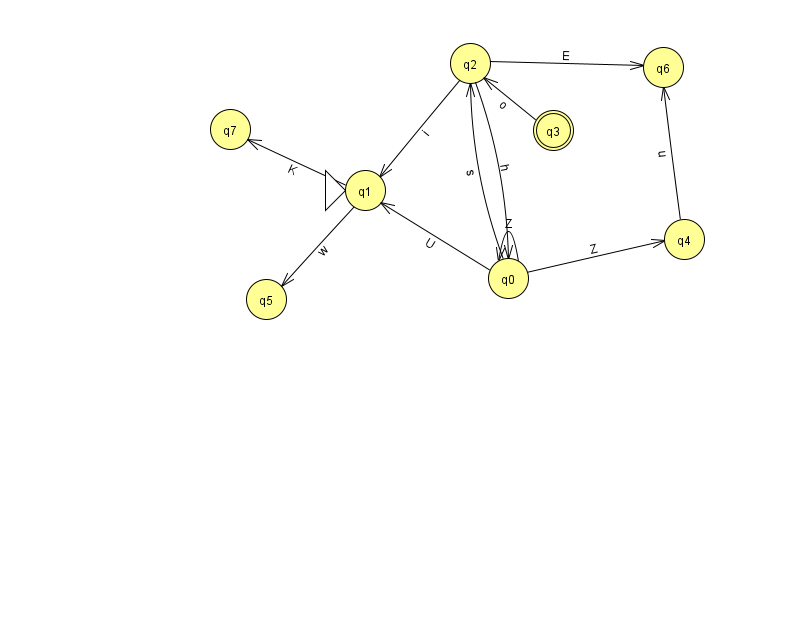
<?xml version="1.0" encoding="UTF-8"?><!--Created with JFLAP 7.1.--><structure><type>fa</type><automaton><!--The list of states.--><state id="0" name="q0"><x>508.0</x><y>265.0</y></state><state id="1" name="q1"><x>365.0</x><y>177.0</y><initial/></state><state id="2" name="q2"><x>470.0</x><y>50.0</y></state><state id="3" name="q3"><x>553.0</x><y>117.0</y><final/></state><state id="4" name="q4"><x>684.0</x><y>226.0</y></state><state id="5" name="q5"><x>266.0</x><y>286.0</y></state><state id="6" name="q6"><x>663.0</x><y>54.0</y></state><state id="7" name="q7"><x>230.0</x><y>116.0</y></state><!--The list of transitions.--><transition><from>2</from><to>0</to><read>h</read></transition><transition><from>2</from><to>6</to><read>E</read></transition><transition><from>0</from><to>1</to><read>U</read></transition><transition><from>3</from><to>2</to><read>o</read></transition><transition><from>2</from><to>1</to><read>i</read></transition><transition><from>1</from><to>5</to><read>w</read></transition><transition><from>0</from><to>0</to><read>Z</read></transition><transition><from>0</from><to>2</to><read>s</read></transition><transition><from>0</from><to>4</to><read>Z</read></transition><transition><from>1</from><to>7</to><read>K</read></transition><transition><from>4</from><to>6</to><read>u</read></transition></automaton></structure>